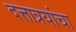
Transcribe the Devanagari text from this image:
दत्तात्रयांचा